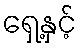
ရှေ့နှင့်